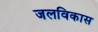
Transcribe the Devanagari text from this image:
जलविकास